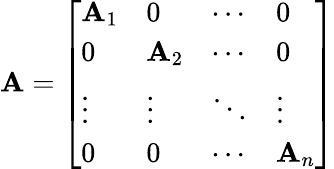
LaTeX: \mathbf{A}={\left[\begin{array}{llll}{\mathbf{A}_{1}}&{0}&{\cdots}&{0}\\ {0}&{\mathbf{A}_{2}}&{\cdots}&{0}\\ {\vdots}&{\vdots}&{\ddots}&{\vdots}\\ {0}&{0}&{\cdots}&{\mathbf{A}_{n}}\end{array}\right]}